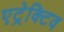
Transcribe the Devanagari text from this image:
एट्रेक्टिव